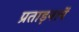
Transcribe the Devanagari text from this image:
प्रताड़नायें